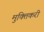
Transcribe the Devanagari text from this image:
मुक्तिकरी